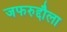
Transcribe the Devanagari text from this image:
जफरुद्दौला